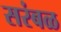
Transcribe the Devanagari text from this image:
सरंबळ